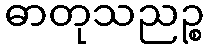
ဓာတုသညဉ္စ